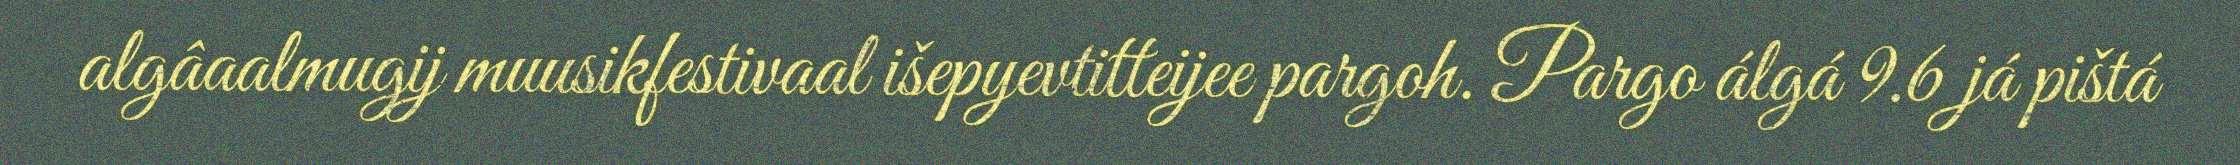
algâaalmugij muusikfestivaal išepyevtitteijee pargoh. Pargo álgá 9.6 já pištá